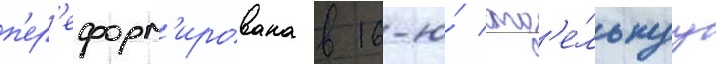
п'ер'еформ'ирована в 16-ю́ отд'е́льнуу